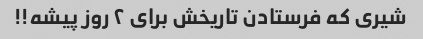
شیری که فرستادن تاریخش برای ۲ روز پیشه!!